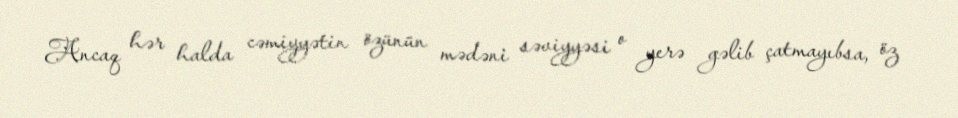
Ancaq hər halda cəmiyyətin özünün mədəni səviyyəsi o yerə gəlib çatmayıbsa, öz